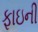
ફાઇની